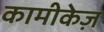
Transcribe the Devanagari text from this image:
कामीकेज़